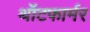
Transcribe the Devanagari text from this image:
थॉटफार्मर